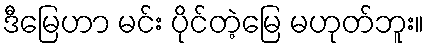
ဒီမြေဟာ မင်း ပိုင်တဲ့မြေ မဟုတ်ဘူး။